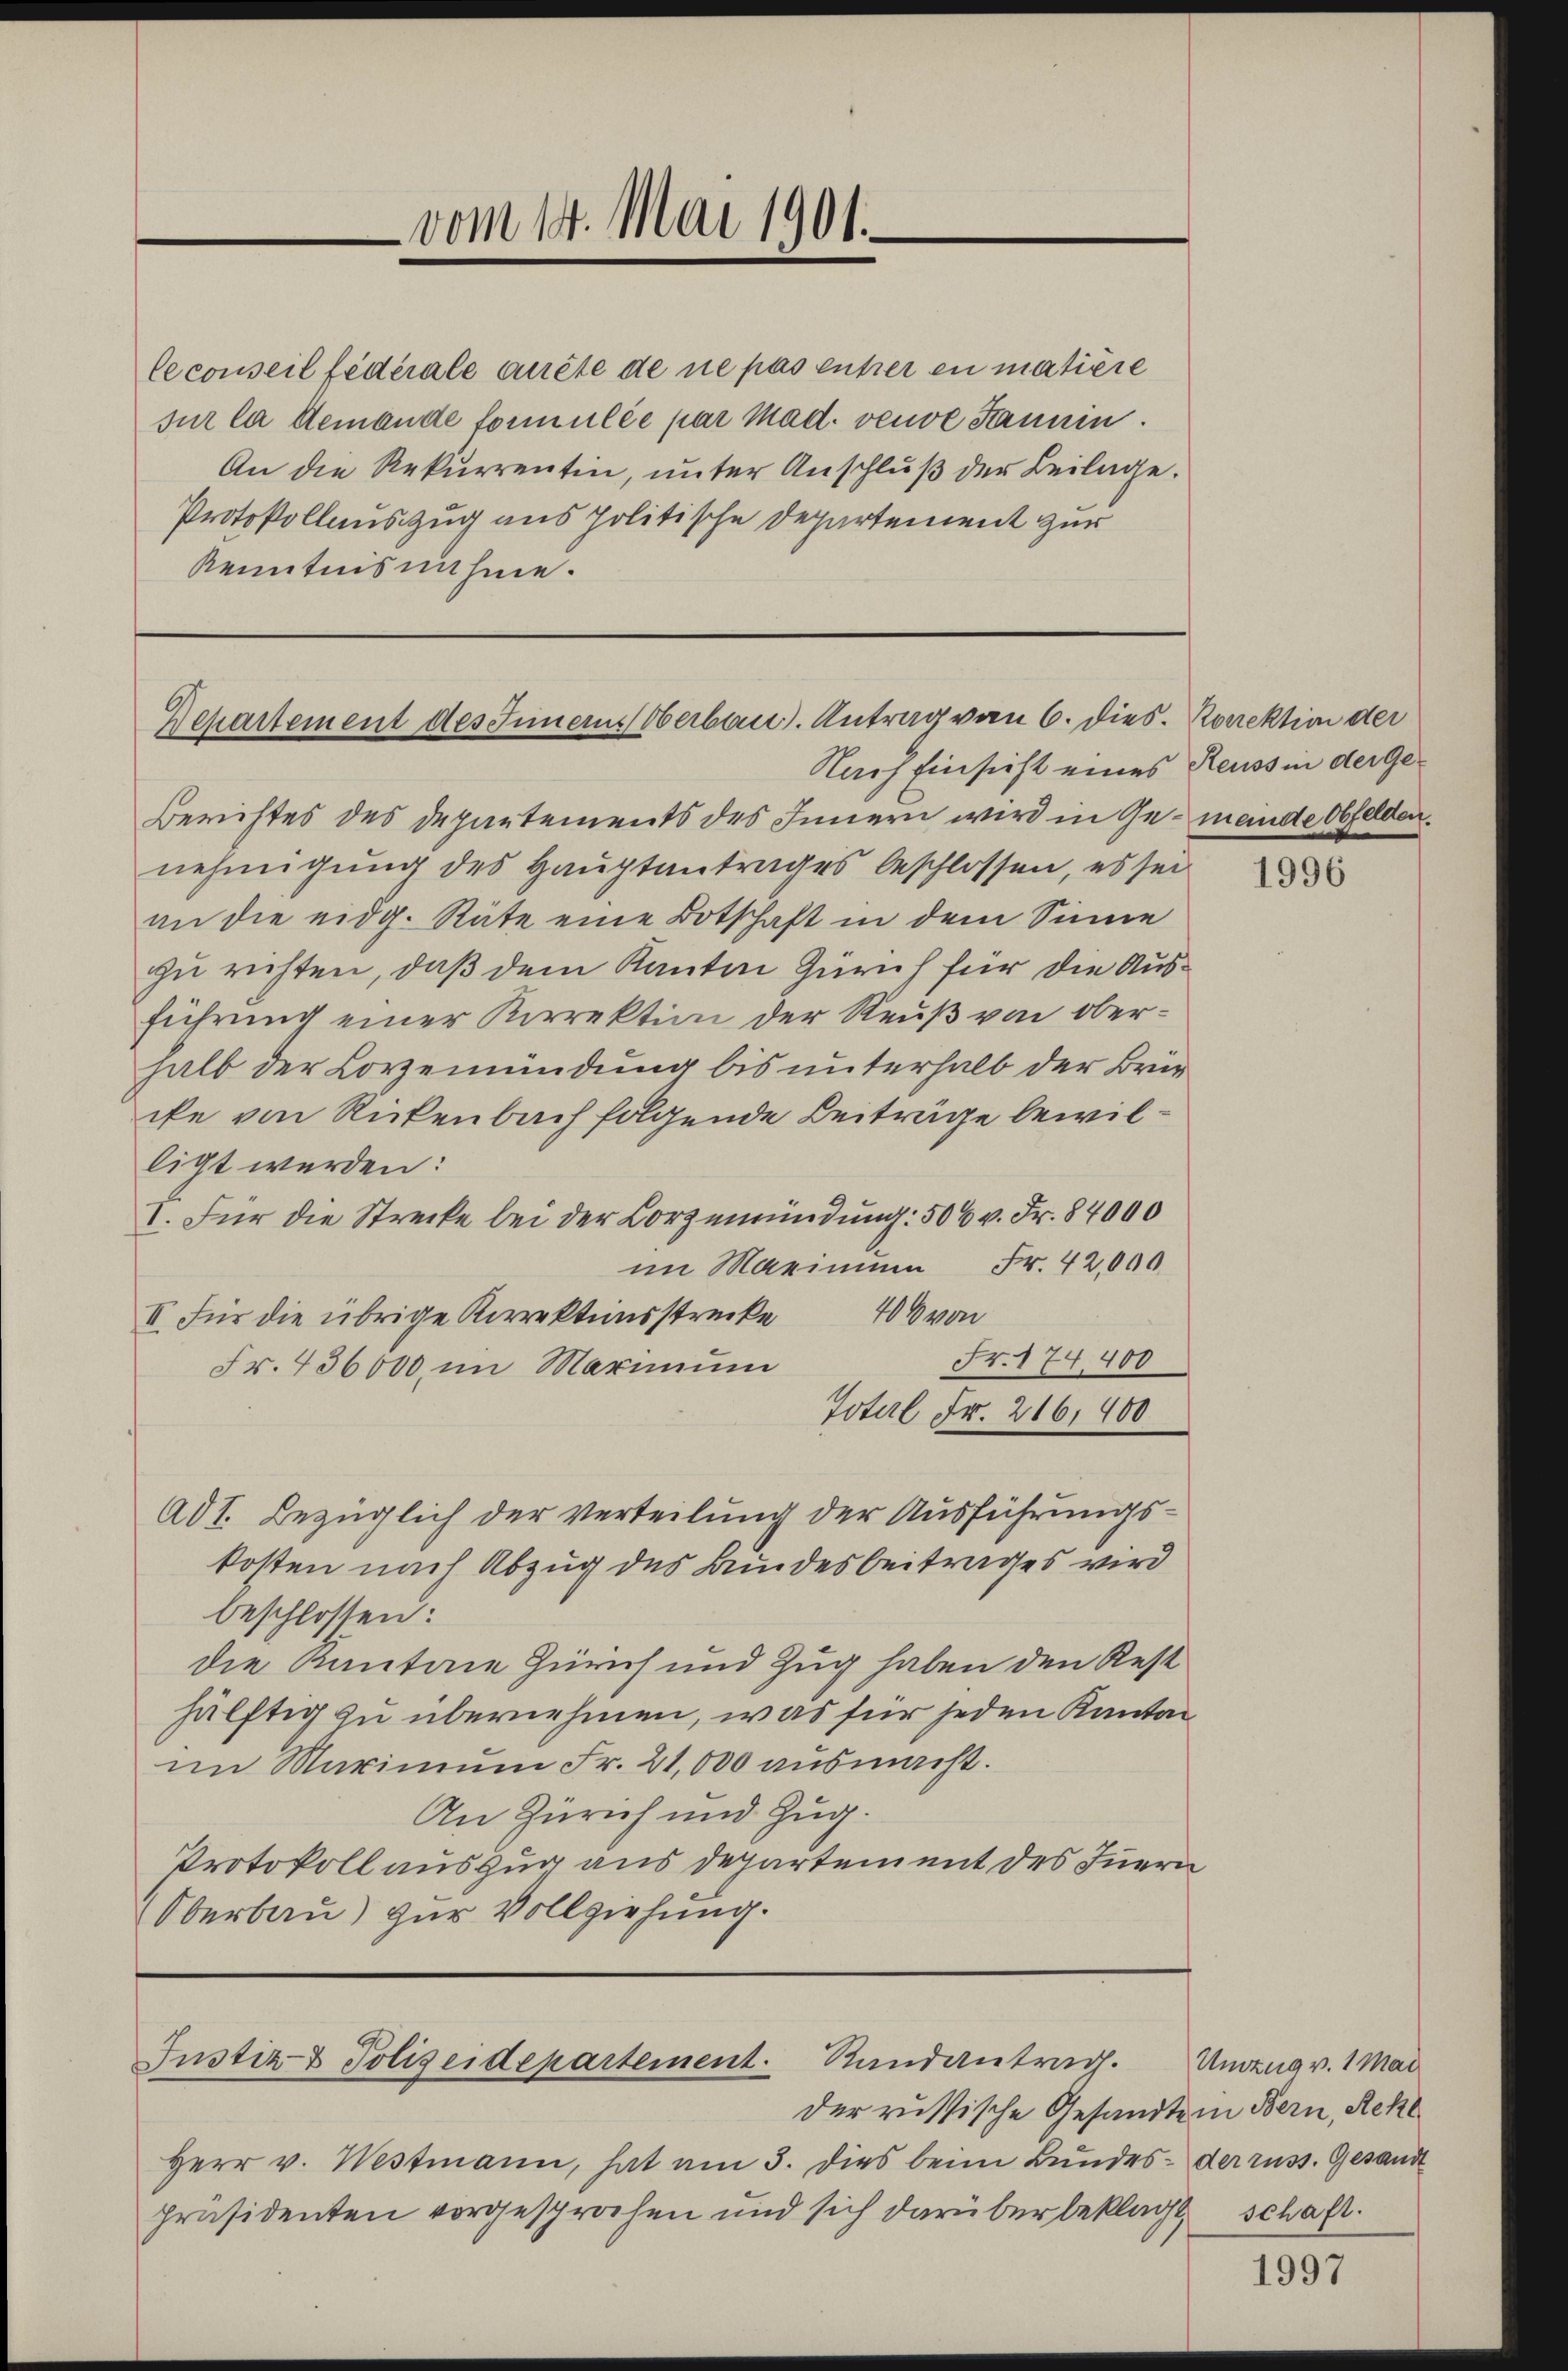
vom 14. Mai 1901.

le conseil fédérale quête de ne pas entzer en matière
sur la demande formulée par Mad. veuve Sammen.
An die Rekurrentin, unter Anschluß der Beilage.
Protokollauszug aus politische Departement zur
Kenntnisnahme.

Departement des Innern Oberbau. Antrag vom 6. dies. Korrektion der

Nach Einsicht eines Reuss in der Ge¬
Berichtes des Departements des Innern wird in Gemeinde Obfelden.
nehmigung des Hauptantrages beschlossen, es sei
an die eidg. Räte eine Botschaft in dem Sinne
zu richten, daß dem Kanton Zürich für die Ausführung einer Korrektion der Reuß von oberhalb der Logemündung bis unterhalb der Brüncke von Rickenbach folgende Beiträge bewilligt werden:
I. Für die Strecke bei der Lorzemündung: 506 v. Fr. 84000
im Marinnen Fr. 42,000
II. Für die übrige Kirrektionsstrecke 400 von
Fr. 174,400
Fr. 436000, im Marinum
Total Fr. 216,400
Ad T. bezüglich der Verteilung der Ausführungskosten nach Abzug des Bundesbeitrages wird
beschlossen:
die Kantone Zürich und Zug haben den Rest
hälftig zu übernehmen, was für jeden Kanton
im Marimŭm Fr. 21,000 aŭsmacht.
An Zürich und Zug.
Protokoll auszug aus departement des Innern
Oberbau) zur Vollziehung.

der russische Gesandte in Bern, Rekl
Herr v. Westmann, hat am 3. dies beim Bundespräsidenten vorgesprochen und sich darüber beklagt, schaft.

Justiz & Polizeidepartement. Randantrag.

1996

Umzug v. 1 Mai
der russ. Gesandt

1997